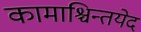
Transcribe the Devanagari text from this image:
कामाश्चिन्तयेद